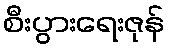
စီးပွားရေးဇုန်